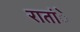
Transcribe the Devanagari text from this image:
रातांे